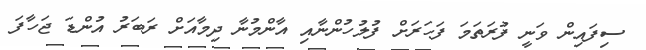
ސިފައިން ވަނީ ފުރަތަމަ ފަހަރަށް ފުލުހުންނާއި އާންމުނާ ދިމާއަށް ރަބަރު އުންޑަ ޖަހާފަ